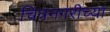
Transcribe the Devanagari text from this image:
चित्रनगरीच्या